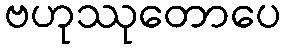
ဗဟုဿုတောပေ